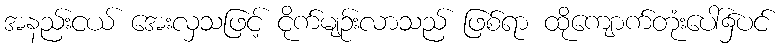
အနည်းငယ် အေးလှသဖြင့် ငိုက်မျဉ်းလာသည် ဖြစ်ရာ ထိုကျောက်တုံးပေါ်၌ပင်